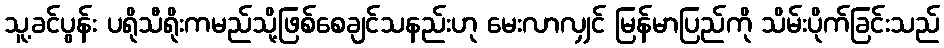
သူ့ခင်ပွန်း ပရိုသီရိုးကမည်သို့ဖြစ်စေချင်သနည်းဟု မေးလာလျှင် မြန်မာပြည်ကို သိမ်းပိုက်ခြင်းသည်